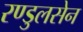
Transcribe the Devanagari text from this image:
रण्डुलसेन